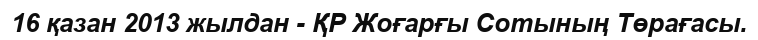
16 қазан 2013 жылдан - ҚР Жоғарғы Сотының Төрағасы.